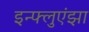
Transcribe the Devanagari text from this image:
इन्‍फ्लुएंझा